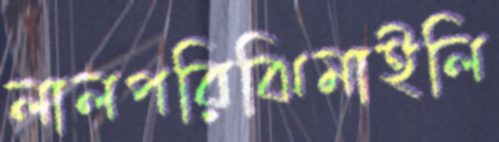
লালপরিঝিমাইলি